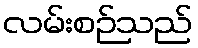
လမ်းစဉ်သည်